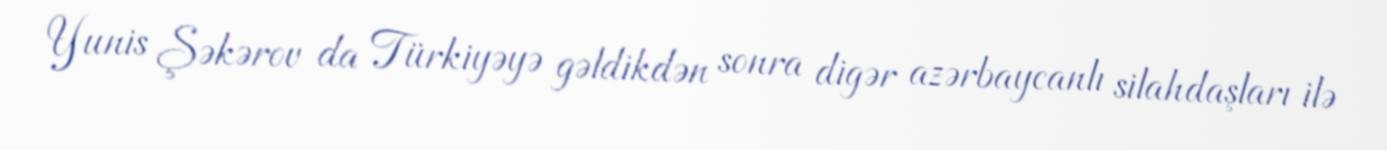
Yunis Şəkərov da Türkiyəyə gəldikdən sonra digər azərbaycanlı silahdaşları ilə